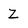
Character: Z